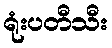
ရုံးပတီသီး